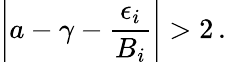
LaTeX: \left|a-\gamma-\frac{\epsilon_{i}}{B_{i}}\right|>2\, .